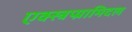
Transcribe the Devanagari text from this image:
एक्स्त्रप्य्रामिदल